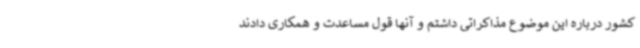
کشور درباره این موضوع مذاکراتی داشتم و آنها قول مساعدت و همکاری دادند